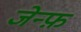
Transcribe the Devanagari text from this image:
जेन्फ़